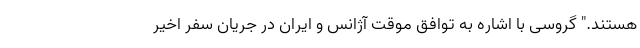
هستند." گروسی با اشاره به توافق موقت آژانس و ایران در جریان سفر اخیر